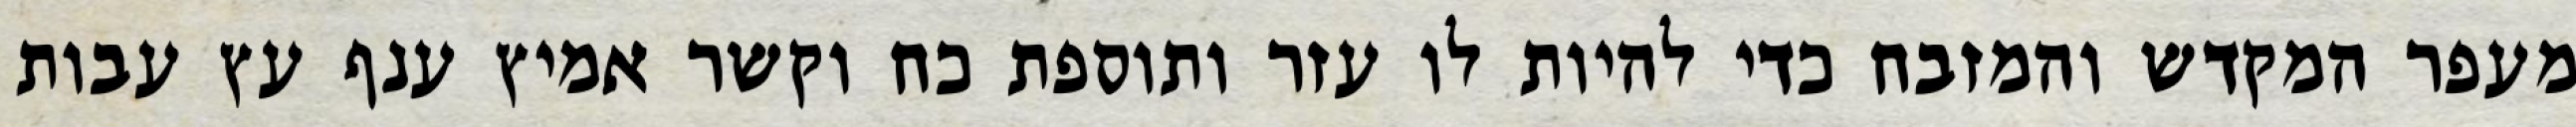
מעפר המקדש והמזבח כדי להיות לו עזר ותוספת כח וקשר אמיץ ענף עץ עבות